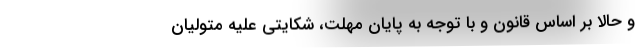
و حالا بر اساس قانون و با توجه به پایان مهلت، شکایتی علیه متولیان